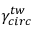
\gamma _ { c i r c } ^ { t w }